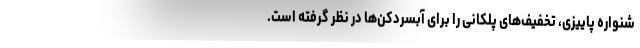
شنواره پاییزی، تخفیف‌های پلکانی را برای آبسردکن‌ها در نظر گرفته است.